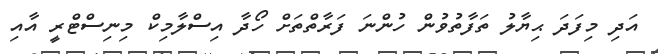
އަދި މިފަދަ ޙިޔާލު ތަފާތުވުން ހުންނަ ފަރާތްތަށް ހޯދާ އިސްލާމިކް މިނިސްޓްރީ އާއި